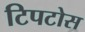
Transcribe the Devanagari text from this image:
टिपटोस